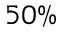
5 0 \%